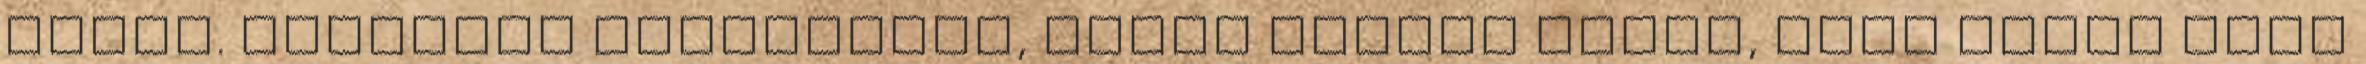
ásnak. Theaként használják, piros borban főzve, Négy ujjod közt